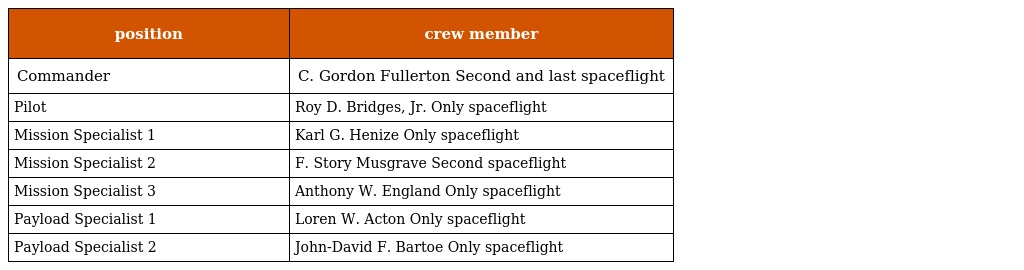
| position | crew member |
 | --- | --- |
 | Commander | C. Gordon Fullerton Second and last spaceflight |
 | Pilot | Roy D. Bridges, Jr. Only spaceflight |
 | Mission Specialist 1 | Karl G. Henize Only spaceflight |
 | Mission Specialist 2 | F. Story Musgrave Second spaceflight |
 | Mission Specialist 3 | Anthony W. England Only spaceflight |
 | Payload Specialist 1 | Loren W. Acton Only spaceflight |
 | Payload Specialist 2 | John-David F. Bartoe Only spaceflight |